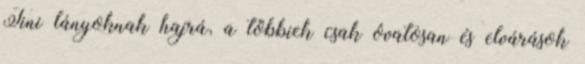
Tini lányoknak hajrá, a többiek csak óvatosan és elvárások